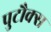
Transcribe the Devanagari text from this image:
पुटौक्स